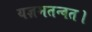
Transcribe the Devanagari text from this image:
यज्ञमतन्वत।